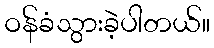
ဝန်ခံသွားခဲ့ပါတယ်။